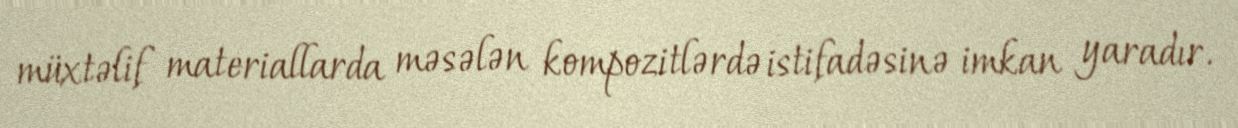
müxtəlif materiallarda məsələn kompozitlərdə istifadəsinə imkan yaradır.